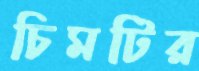
চিমটির